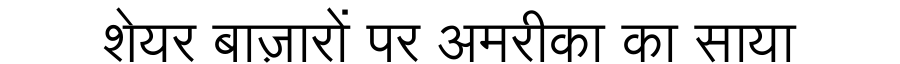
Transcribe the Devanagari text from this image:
शेयर बाज़ारों पर अमरीका का साया